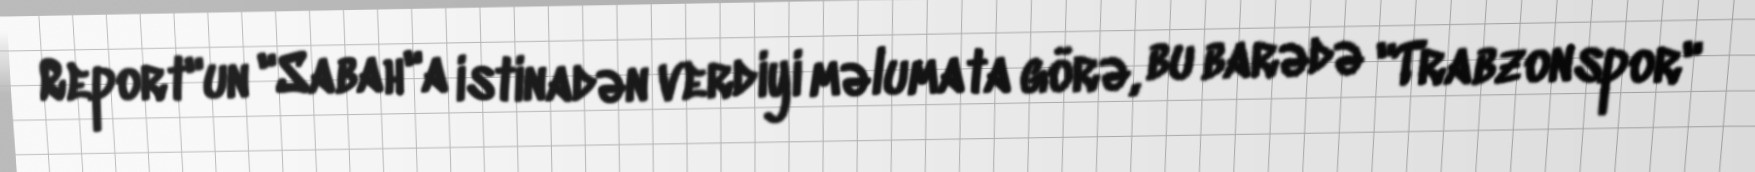
Report"un "Sabah"a istinadən verdiyi məlumata görə, bu barədə "Trabzonspor"